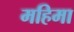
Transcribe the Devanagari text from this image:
महिमा